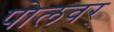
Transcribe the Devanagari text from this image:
पोलवर्